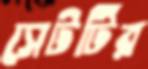
সেটটির